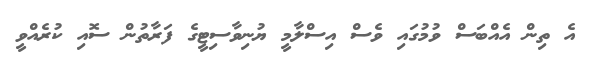
އެ ތިން އެއްބަސް ވުމުގައި ވެސް އިސްލާމީ ޔުނިވާސިޓީގެ ފަރާތުން ސޮއި ކުރެއްވީ